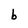
Character: b